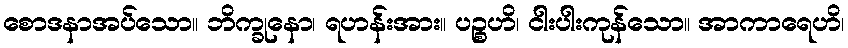
စောဒနာအပ်သော။ ဘိက္ခုနော၊ ရဟန်းအား။ ပဉ္စဟိ၊ ငါးပါးကုန်သော။ အာကာရေဟိ၊